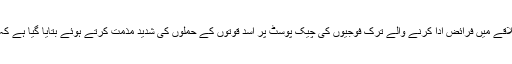
ادلیب سے متعلق بین الاقوامی معاہدوں کی رو سے علاقے میں فرائض ادا کرنے والے ترک فوجیوں کی چیک پوسٹ پر اسد قوتوں کے حملوں کی شدید مذمت کرتے ہوئے بتایا گیا ہے کہ ان حملوں کا دفاعی حق کے مطابق جواب دیا جائیگا۔